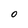
Character: O